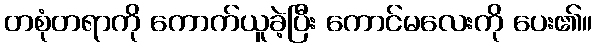
တစုံတရာကို ကောက်ယူခဲ့ပြီး ကောင်မလေးကို ပေး၏။